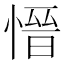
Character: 𪬕